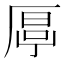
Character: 𠪋